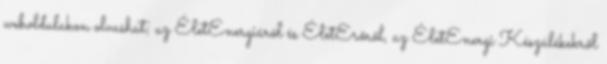
weboldalakon olvashat; az ÉletEnergiáról és ÉletErőről, az ÉletEnergi Készülékekről